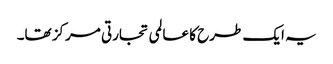
یہ ایک طرح کا عالمی تجارتی مرکز تھا۔